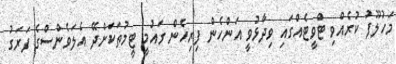
މަހުލޫފު ކުރެއްވި ޓްވީޓެއްގައި ވިދާޅުވީ އަންހެން ފިރިހެން ގައުމީ ޓީމުތަކަށްދޭ އެލަވެންސްގެ ފަރަގު